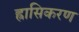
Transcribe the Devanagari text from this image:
ह्रासिकरण